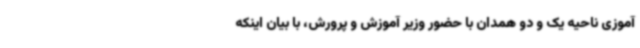
آموزی ناحیه یک و دو همدان با حضور وزیر آموزش و پرورش، با بیان اینکه